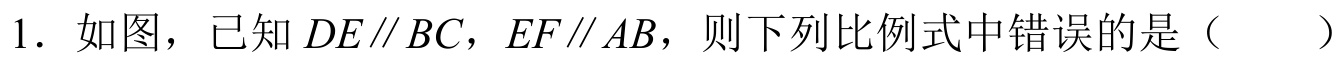
1. 如图，已知\(DE\parallel BC\)，\(EF\parallel AB\)，则下列比例式中错误的是（  ）